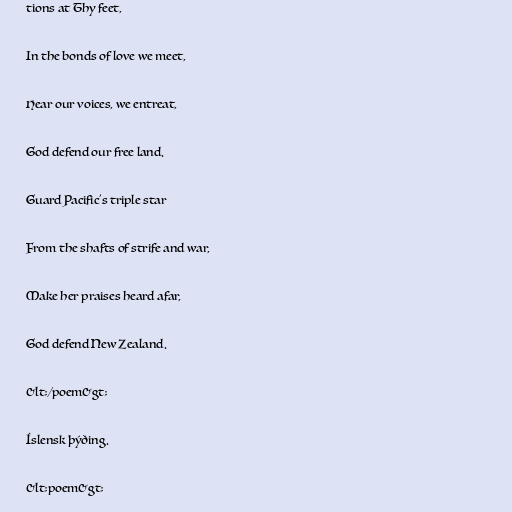
tions at Thy feet,

In the bonds of love we meet,

Hear our voices, we entreat,

God defend our free land.

Guard Pacific's triple star

From the shafts of strife and war,

Make her praises heard afar,

God defend New Zealand.

&lt;/poem&gt;

Íslensk þýðing.

&lt;poem&gt;